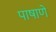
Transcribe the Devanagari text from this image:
पाषाणे